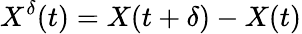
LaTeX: X^{\delta}(t)=X(t+\delta)-X(t)